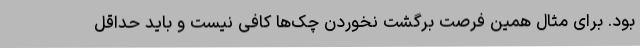
بود. برای مثال همین فرصت برگشت نخوردن چک‌ها کافی نیست و باید حداقل